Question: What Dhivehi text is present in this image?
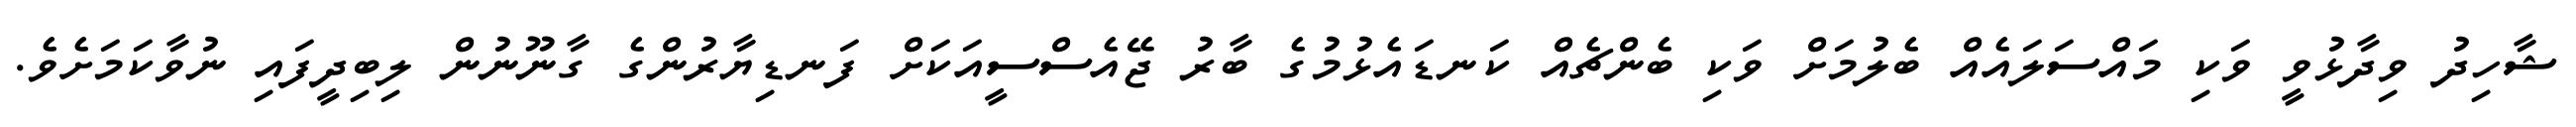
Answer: ޝާހިދު ވިދާޅުވީ ވަކި މައްސަލައެއް ބެލުމަށް ވަކި ބެންޗެއް ކަނޑައެޅުމުގެ ބާރު ޖޭއެސްސީއަކަށް ފަނޑިޔާރުންގެ ގާނޫނުން ލިބިދީފައި ނުވާކަމަށެވެ.